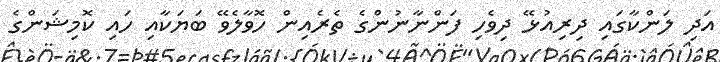
އަދި ލަންކާގައި ދިރިއުޅޭ ދިވެހި ފަންނާނުންގެ ތެރެއިން ހޮވާލެވޭ ބަޔަކާއި ހައި ކޮމިޝަންގެ